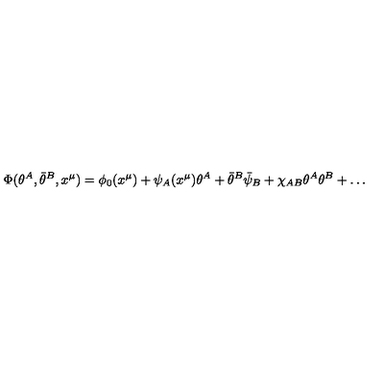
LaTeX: \Phi ( \theta ^ { A } , \bar { \theta } ^ { B } , x ^ { \mu } ) = \phi _ { 0 } ( x ^ { \mu } ) + \psi _ { A } ( x ^ { \mu } ) \theta ^ { A } + \bar { \theta } ^ { B } \bar { \psi } _ { B } + \chi _ { A B } \theta ^ { A } \theta ^ { B } + \ldots